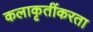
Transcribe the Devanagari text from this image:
कलाकृतींकरता